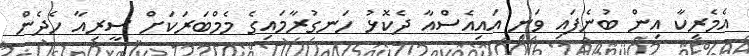
އެމެރިކާ އިން ބުނެފައި ވަނި އައިއެސްއާ ދެކޮޅު ހަނގުރާމައިގެ މެމްބަރަކަށް ސީރިއާ ހެދެން